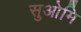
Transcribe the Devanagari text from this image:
सुओमि